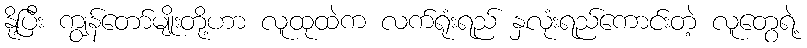
နို့ပြီး ကျွန်တော်မျိုးတို့ဟာ လူထုထဲက လက်ရုံးရည် နှလုံးရည်ကောင်းတဲ့ လူတွေရဲ့